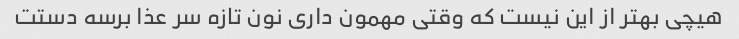
هیچی بهتر از این نیست که وقتی مهمون داری نون تازه سر عذا برسه دستت